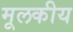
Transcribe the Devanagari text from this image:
मूलकीय